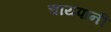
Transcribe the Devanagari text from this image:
चायपानी